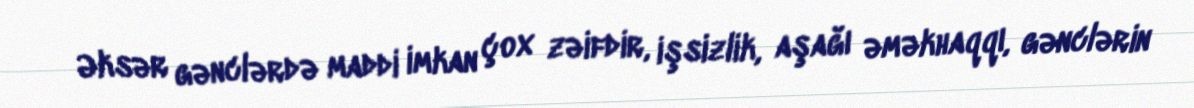
Əksər gənclərdə maddi imkan çox zəifdir, işsizlik, aşağı əməkhaqqı, gənclərin